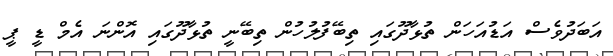
އަބަދުވެސް އަޑުއަހަން ތުޅާދޫގައި ތިބޭފުލުހުން ތިބޭނީ ތުޅާދޫގައި އޮންނަ އެމް ޑީ ޕީ